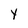
Character: Y